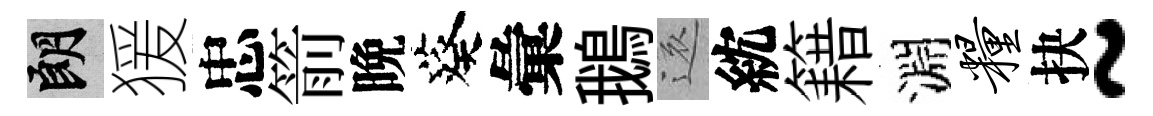
朗猨忠箭晩葵彙鵝還紞籍淵粮抉~